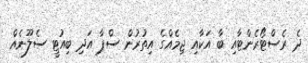
ދެ ރެސްޓޯރެންޓާއި ބާ އަކާއި ޖިމެއްގެ އިތުރުން ސްޕާ އަދި ބިއުޓީ ސެލޫނެއް